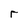
Character: r